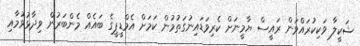
ޝަކީލާ ވަކިކުރައްވަން ރައީސް ޔާމީނަށް ކެރިވަޑައިނުގަތުމުން ކަމަށް އެމްޑީޕީގެ ބައެއް މެންބަރުން ވިދާޅުވުމާއި